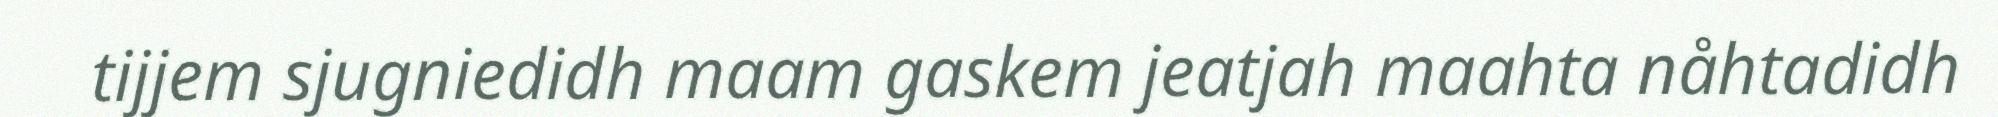
tijjem sjugniedidh maam gaskem jeatjah maahta nåhtadidh